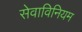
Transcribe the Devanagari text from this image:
सेवाविनियम